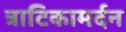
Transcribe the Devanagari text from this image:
त्राटिकामर्दन